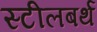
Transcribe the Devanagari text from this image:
स्टीलबर्थ